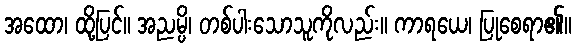
အထော၊ ထို့ပြင်။ အညမ္ပိ၊ တစ်ပါးသောသူကိုလည်း။ ကာရယေ၊ ပြုစေရာ၏။